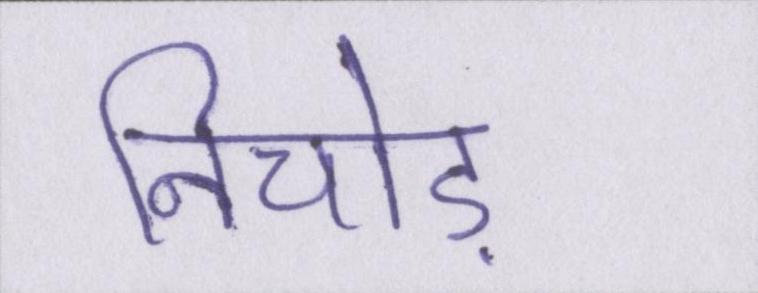
निचोड़